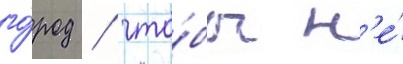
го́род / что́бы н'е́